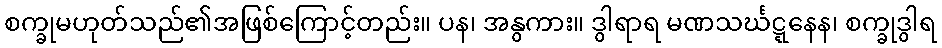
စက္ခုမဟုတ်သည်၏အဖြစ်ကြောင့်တည်း။ ပန၊ အနွကား။ ဒွါရာရ မဏသင်္ဃဋ္ဋနေန၊ စက္ခုဒွါရ